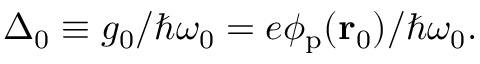
\begin{array} { r } { \Delta _ { 0 } \equiv g _ { 0 } / \hbar \omega _ { 0 } = e \phi _ { \mathrm { p } } ( \mathbf { r } _ { 0 } ) / \hbar \omega _ { 0 } . } \end{array}